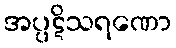
အပ္ပဋိသရဏော